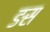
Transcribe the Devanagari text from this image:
ङस